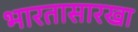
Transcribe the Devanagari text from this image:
भारतासारखा